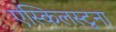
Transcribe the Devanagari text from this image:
एस्किलस्टूना